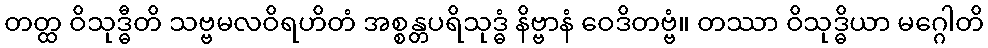
တတ္ထ ဝိသုဒ္ဓီတိ သဗ္ဗမလဝိရဟိတံ အစ္စန္တပရိသုဒ္ဓံ နိဗ္ဗာနံ ဝေဒိတဗ္ဗံ။ တဿာ ဝိသုဒ္ဓိယာ မဂ္ဂေါတိ